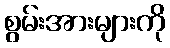
စွမ်းအားများကို